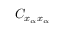
C _ { x _ { \alpha } x _ { \alpha } }